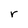
Character: r